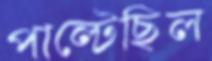
পাল্টেছিল